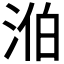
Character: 𣵁